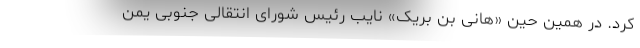
کرد. در همین حین «هانی بن بریک» نایب رئیس شورای انتقالی جنوبی یمن